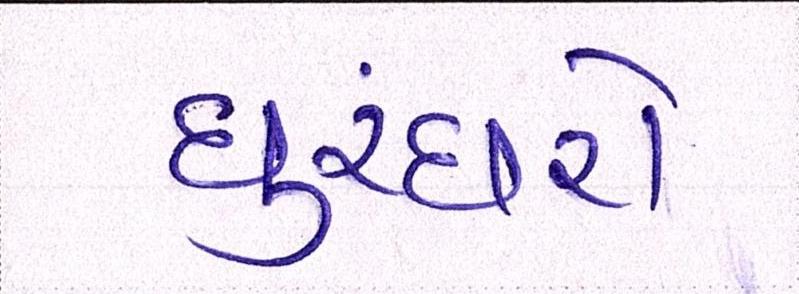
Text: ધુરંધરો